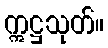
ဣဋ္ဌသုတ်။